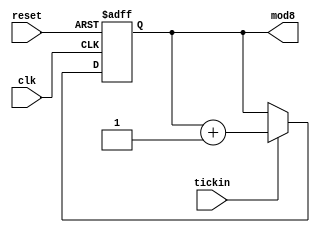
`timescale 1ns / 1ps
/*
    Trevor Scott   
* Filename: Design file  
* Version: 1.3 
*/

module bit3counter(reset, clk, mod8, tickin);
input clk, reset, tickin;
output reg [2:0] mod8;

always@(posedge clk, posedge reset)
if(reset) mod8 <= 3'b0; else
if(tickin) mod8 <= mod8 +3'b1;
    
endmodule